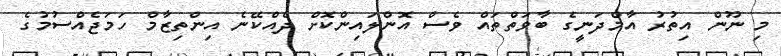
މި ނޫން އިތުރު އާމްދަނީގެ ބާވަތްތައް ވެސް އޮންލައިންކޮށް ދެއްކޭނެ އިންތިޒާމް ހަމަޖެއްސުމުގެ